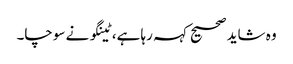
وہ شاید صحیح کہہ رہا ہے، ٹینگو نے سوچا۔